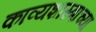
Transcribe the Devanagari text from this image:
काव्यशास्त्राच्या